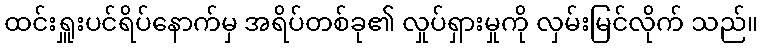
ထင်းရှူးပင်ရိပ်နောက်မှ အရိပ်တစ်ခု၏ လှုပ်ရှားမှုကို လှမ်းမြင်လိုက် သည်။